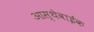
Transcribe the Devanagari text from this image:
आस्थेवाईक